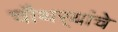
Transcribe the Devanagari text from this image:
चौथर्‍यांचे